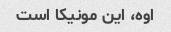
اوه، این مونیکا است